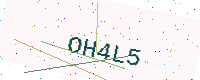
Text: OH4L5